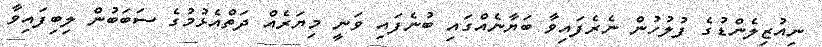
ނިއުޒިލެންޑުގެ ފުލުހުން ނެރެފައިވާ ބަޔާނެއްގައި ބުނެފައި ވަނީ މިޔަރެއް ދަތްއެޅުމުގެ ސަބަބުން ލިބިފައިވާ